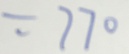
= 7 7 0